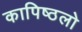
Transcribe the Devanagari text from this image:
कापिष्ठलो